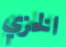
الخزي